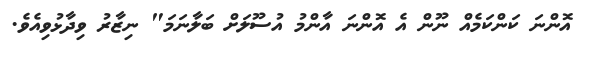
އޮންނަ ކަންކަމެއް ނޫން އެ އޮންނަ އާންމު އުސޫލަށް ބަލާނަމަ" ނިޒާރު ވިދާޅުވިއެވެ.